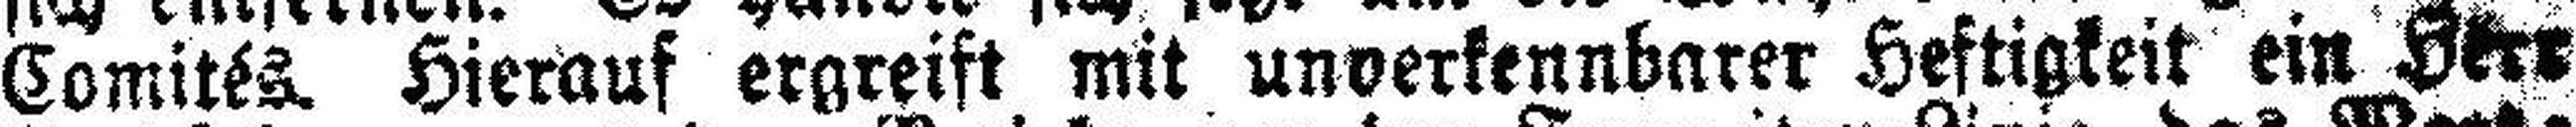
Comités Hierauf ergreift mit unverkennbarer Heftigkeit ein Herr